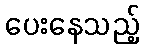
ပေးနေသည့်